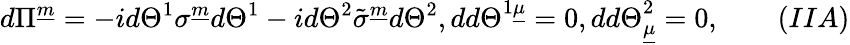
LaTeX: d\Pi^{\underline{{m}}}=-id\Theta^{1}\sigma^{\underline{{m}}}d\Theta^{1}-id\Theta^{2}\tilde{\sigma}^{\underline{{m}}}d\Theta^{2},dd\Theta^{1\underline{{\mu}}}=0,dd\Theta_{\underline{{\mu}}}^{2}=0,\qquad(IIA)